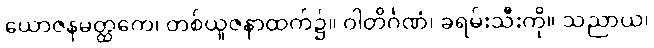
ယောဇနမတ္ထကေ၊ တစ်ယူဇနာထက်၌။ ဝါတိင်္ဂဏံ၊ ခရမ်းသီးကို။ သညာယ၊